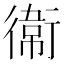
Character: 𫟘